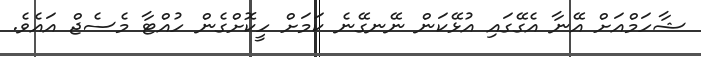
ޝާހަމްއަށް އޭނާ އެގޭގައި އުޅޭކަން ނޭނގޭނެ ކަމަށް ހީކޮށްގެން ހުއްޓާ މެސެޖް އައެވެ.